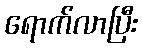
ရောက်လာပြီး